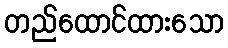
တည်ထောင်ထားသော